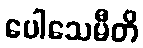
ပေါသေမီတိ